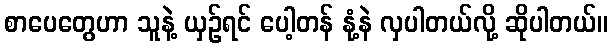
စာပေတွေဟာ သူနဲ့ ယှဉ်ရင် ပေါ့တန် နုံ့နဲ လှပါတယ်လို့ ဆိုပါတယ်။